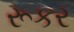
રૂકર